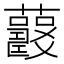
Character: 𧅍